Lunatic asylums in Bengal annual reports 1888-1898 - 1888-1898
Year: 1888
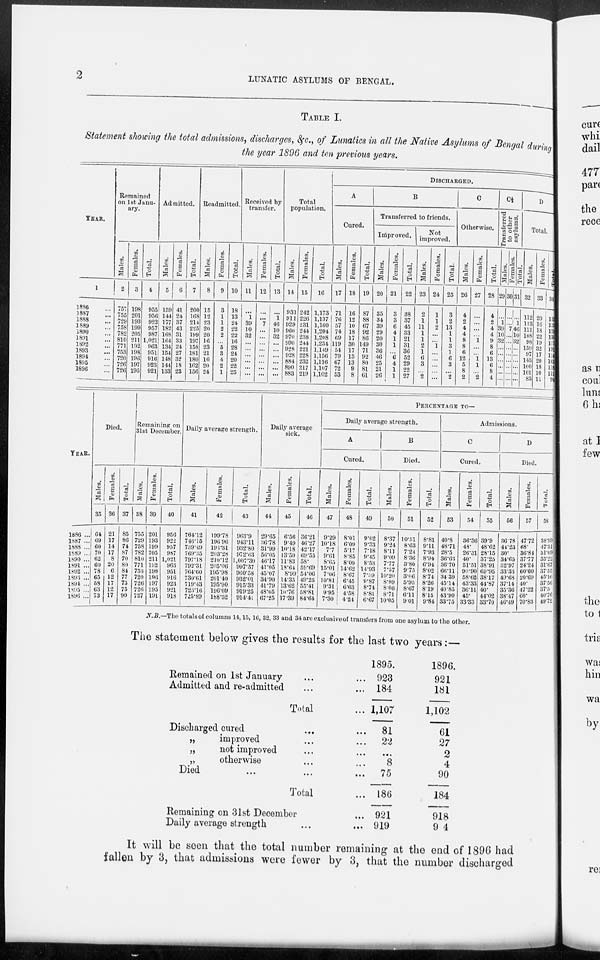
2
LUNATIC ASYLUMS OF BENGAL.
TABLE I.
Statement showing the total admissions, discharges, &c., of Lunatics in all the Native Asylums of Bengal during
the year 1896 and ten previous years.
YEAR.
1
1886 ...
1887 ...
1888 ...
1889 ...
1890 ...
1891 ...
1892 ...
1893 ...
1894 ...
1895 ...
1896 ...
Remained
on 1st Janu-
ary.
Males.
2
757
755
729
758
782
810
771
753
720
726
726
Females.
3
198
201
193
199
205
211
192
198
196
197
195
Total.
4
955
956
922
957
987
1,021
963
951
916
923
921
Admitted.
Males.
5
159
144
177
182
168
164
134
154
148
144
133
Females.
6
41
24
37
43
31
33
24
27
32
18
23
Total.
7
200
168
214
225
199
197
158
181
180
162
156
Readmitted.
Males.
8
15
12
23
20
20
16
23
21
16
20
24
Females.
9
3
1
1
2
2
...
5
3
4
2
1
Total.
10
18
13
24
22
22
16
28
24
20
22
25
Received by
transfer.
Males.
11
...
1
39
10
32
...
...
...
...
...
...
Females.
12
...
...
7
...
...
...
...
...
...
...
...
Total.
13
...
1
46
10
32
...
...
...
...
...
...
Total
population.
Males.
14
931
911
929
960
970
990
928
928
884
890
883
Females.
15
242
226
231
244
238
244
221
228
232
217
219
Total.
16
1,173
1,137
1,160
1,204
1,208
1,234
1,149
1,156
1,116
1,107
1,102
DISCHARGED.
A
Cured.
Males.
17
71
76
57
74
69
119
54
79
67
72
53
Females.
18
16
12
10
18
17
30
17
13
13
9
8
Total.
19
87
88
67
92
86
149
71
92
80
81
61
B
Transferred to friends.
Improved.
Males.
20
35
34
39
29
20
30
36
46
25
21
26
Females.
21
3
3
6
4
1
1
...
6
4
1
1
Total.
22
38
37
45
33
21
31
36
52
29
22
27
Not
improved.
Males.
23
2
1
11
1
1
2
1
6
3
...
2
Females.
24
1
1
2
...
...
1
...
...
...
...
...
Total.
25
3
2
13
1
1
3
1
6
3
...
2
C
Otherwise.
Males.
26
4
2
4
4
8
8
6
12
5
8
2
Females.
27
...
...
...
...
1
...
...
1
1
...
2
Total.
28
4
2
4
4
9
8
6
13
6
8
4
C½
Transferred
to other
asylums.
Males.
29
...
1
39
10
32
...
...
...
...
...
...
Females.
30
...
...
7
...
...
...
...
...
...
...
...
Total.
31
...
1
46
10
32
...
...
...
...
...
...
D
Total.
Males.
32
112
113
111
108 98
159
97
143
100
101
83
Females.
33
20
16
18
22
19
32
17
20
18
10
11
Total.
34
132
129
129
130
117
191
114
163
118
111
94
YEAR.
1886 ...
1887 ...
1888 ...
1889 ..
1890 ...
1891 ...
1892 ...
1893 ...
1894 ...
1895 ...
1896 ...
Died.
Males.
35
64
69
60 70
62
60
78
65
58
63
73
Females.
36
21
17
14
17
8
20
6
12
17
12
17
Total.
37
85
86
74
87
70
80
84
77
75
75
90
Remaining on
31st December.
Males.
38
755
729
758
782
810
771
753
720
726
726
727
Females.
39
201
193
199
205
211
192
198
196
197
195
191
Total.
40
956
922
957
987
1,021
963
951
916
923
921
918
Daily average strength.
Males.
41
764.12
746.15
739.49
769.35
797.18
792.31
764.60
730.61
719.43
723.16
725.89
Females.
42
199.78
196.96
193.3l
203.28
210.12
205.06
195.98
201.40
195.90
196.09
188.52
Total.
43
963.9
943.11
932.80
972.63
1,007.30
997.37
960.58
932.01
915.33
919.25
914.41
Daily average
sick.
Males.
44
29.65
36.78
31.99
56.05
46.17
41.05
45.07
34.90
41.79
48.05
67.25
Females.
45
6.56
9.49
10.18
13.50
11.83
18.64
8.99
14.35
13.62
10.76
17.39
Total.
46
36.21
46.27
42.17
69.55
58.
59.69
54.06
49.25
55.41
58.81
84.64
PERCENTAGE TO—
Daily average strength.
A
Cured.
Males.
47
9.29
10.18
7.7
9.61
8.65
15.01
7.06
10.81
9.31
9.95
7.30
Females.
48
8.01
6.09
5.17
8.85
8.09
14.62
8.67
6.45
6.63
4.58
4.24
Total.
49
9.02
9.33
7.18
9.45
8.53
14.93
7.39
9.87
8.74
8.81
6.67
B
Died.
Males.
50
8.37
9.24
8.11
9.09
7.77
7.57
10.20
8.89
8.06
8.71
10.05
Females.
51
10.51
8.63
7.24
8.36
3.80
9.75
3.06
5.95
8.67
6.11
9.01
Total.
52
8.81
9.11
7.93
8.94
6.94
8.02
8.74
8.26
8.19
8.15
9.84
Admissions.
C
Cured.
Males.
53
40.8
48.71
28.5
36.63
36.70
66.11
34.39
45.14
40.85
43.90
33.75
Females.
54
36.36
48.
26.31
40.
51.51
90.90
58.62
43.33
36.11
45.
33.33
Total.
55
39.9
48.62
28.15
37.25
38.91
69.95
38.17
44.87
40.
44.02
33.70
D
Died.
Males.
56
36.78
44.23
30.
34.65
32.97
33.33
49.68
37.14
35.36
38.47
46.49
Females.
57
47.72
68.
36.84
37.77
24.24
60.60
20.69
40.
47.22
60.
70.83
Total.
58
38.99
47.51
31.09
35.22
31.67
37.55
45.16
37.56
37.5
40.76
49.72
N.B.—The totals of columns 14,15, 16, 32, 33 and 34 are exclusive of transfers from one asylum to the other.
The statement below gives the results for the last two years:—
Remained on 1st January ... ...
Admitted and re-admitted ... ...
Total ...
Discharged cured ... ...
„
improved ... ...
„
not improved ... ...
„
otherwise ... ...
Died ... ... ...
Total ...
Remaining on 31st December ...
Daily average strength ... ...
1895.
923
184
1,107
81
22
...
8
75
186
921
919
1896.
921
181
1,102
61
27
2
4
90
184
918
914
It will be seen that the total number remaining at the end of 1896 had
fallen by 3, that admissions were fewer by 3, that the number discharged